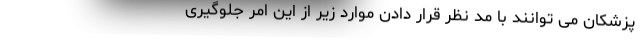
پزشکان می توانند با مد نظر قرار دادن موارد زیر از این امر جلوگیری